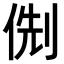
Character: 𠊏